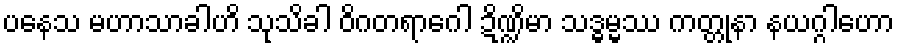
ပနေသ မဟာသာခါဟိ သုသိခါ ဝိဂတရာဂေါ ဍိဏ္ဍိမာ သဒ္ဓမ္မဿ ကတ္တုနာ နယဂ္ဂါဟော